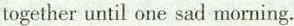
together until one sad morning.